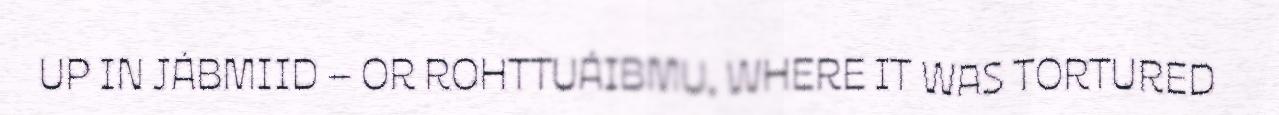
UP IN JÁBMIID – OR ROHTTUÁIBMU, WHERE IT WAS TORTURED